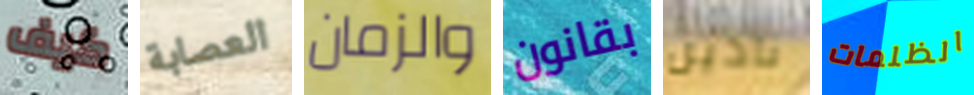
كيف العصابة والزمان بقانون نادين الظلمات